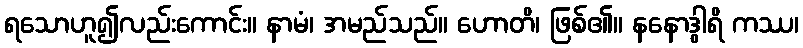
ရသောဟူ၍လည်းကောင်း။ နာမံ၊ အမည်သည်။ ဟောတိ၊ ဖြစ်၏။ နနောဒွါရိ ကဿ၊